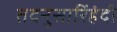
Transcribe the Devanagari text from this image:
तदनुसारिंहंदी